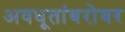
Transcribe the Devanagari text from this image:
अवधूतांबरोबर